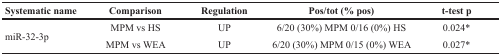
<table><thead><tr><td><b>Systematic name</b></td><td><b>Comparison</b></td><td><b>Regulation</b></td><td><b>Pos/tot (% pos)</b></td><td><b>t-test p</b></td></tr></thead><tbody><tr><td rowspan="2">miR-32-3p</td><td>MPM vs HS</td><td>UP</td><td>6/20 (30%) MPM 0/16 (0%) HS</td><td>0.024*</td></tr><tr><td>MPM vs WEA</td><td>UP</td><td>6/20 (30%) MPM 0/15 (0%) WEA</td><td>0.027*</td></tr></tbody></table>